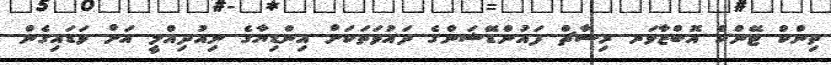
ތިންކް ޓޭންކް އޮބްޒާވަރ ރިސާޗް ފައުންޑޭޝަންގެ ދައުވަތަކަށް އިންޑިޔާގެ ނިއުދިއްލީ އަށް ވަޑައިގެން